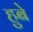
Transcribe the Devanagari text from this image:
हुबे